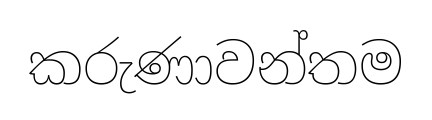
කරුණාවන්තම